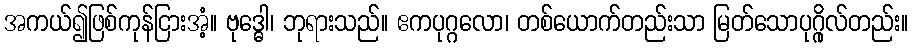
အကယ်၍ဖြစ်ကုန်ငြားအံ့။ ဗုဒ္ဓေါ၊ ဘုရားသည်။ ဧကပုဂ္ဂလော၊ တစ်ယောက်တည်းသာ မြတ်သောပုဂ္ဂိုလ်တည်း။